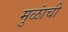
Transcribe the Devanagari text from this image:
मुळांची